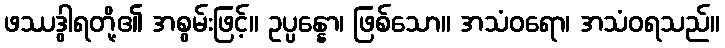
ဖဿဒွါရတို့၏ အစွမ်းဖြင့်။ ဥပ္ပန္နော၊ ဖြစ်သော။ အသံဝရော၊ အသံဝရသည်။